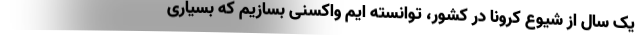
یک سال از شیوع کرونا در کشور، توانسته ایم واکسنی بسازیم که بسیاری